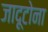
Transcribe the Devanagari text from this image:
जादूटोना